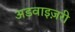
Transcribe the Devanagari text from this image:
अडवाइज़री